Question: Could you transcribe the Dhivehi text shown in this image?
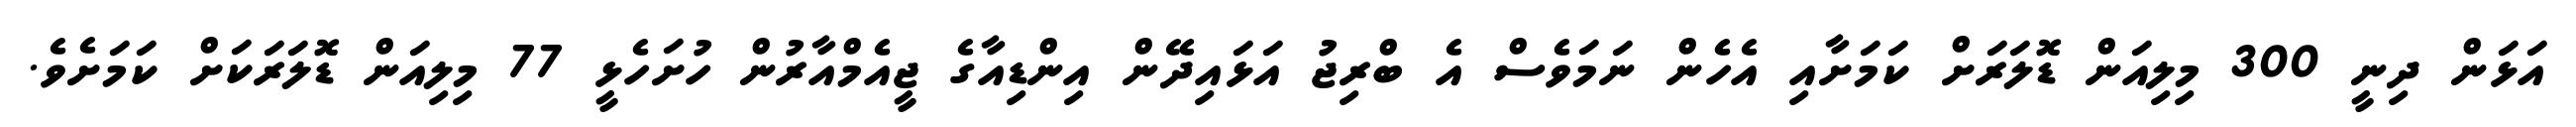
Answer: އަޅަން ދިނީ 300 މިލިއަން ޑޮލަރަށް ކަމަށާއި އެހެން ނަމަވެސް އެ ބްރިޖު އަޅައިދޭން އިންޑިއާގެ ޖީއެމްއާރުން ހުށަހެޅީ 77 މިލިއަން ޑޮލަރަކަށް ކަމަށެވެ.